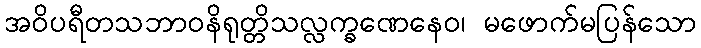
အဝိပရီတသဘာဝနိရုတ္တိသလ္လက္ခဏေနေဝ၊ မဖောက်မပြန်သော